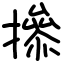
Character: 撡